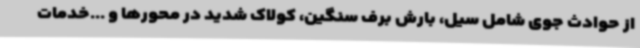
از حوادث جوی شامل سیل، بارش برف سنگین، کولاک شدید در محورها و ...خدمات